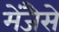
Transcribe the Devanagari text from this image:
मेंजैसे